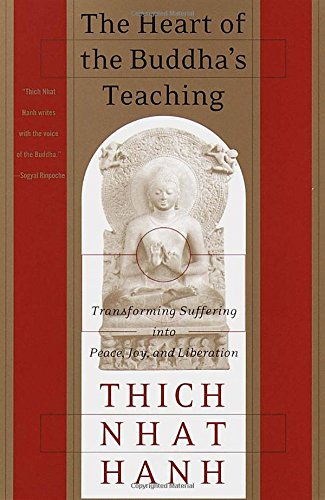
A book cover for The Heart of the Buddha's Teaching: Transforming Suffering into Peace, Joy, and Liberation; Thich Nhat Hanh; Politics & Social Sciences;